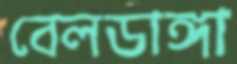
বেলডাঙ্গা